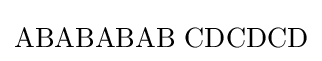
\mathrm {ABABABAB\,\,CDCDCD}